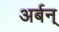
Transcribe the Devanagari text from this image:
अर्बन्